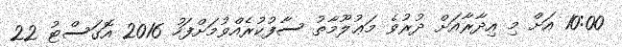
10:00 އަށް މި އިދާރާއަށް ދުރުވެ މަޢުލޫމާތު ސާފުކުރެއްވުމަށްފަހު 2016 އޮގަސްޓު 22